Newspaper: The West Virginia journal. [volume]
Place of publication: Charleston, W. Va.
Publisher: Moore & Bro.
Date: 1865-05-31 00:00:00
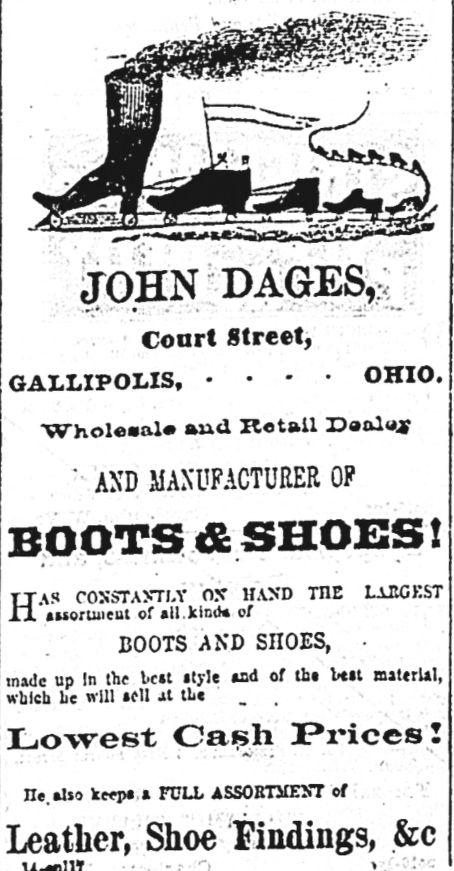
Advertisement text (OCR):
JOHN DAGES, Court Street, .... OHIO. Wholesale and Retail Da aluf ' AXD MAXl'FACTUBER OP <? SHOES! consta>"ti.y o.v hand the laugkst tuorUiieut of *11 .kind* 0/ BOOTS AND SnOES, . up In the Vcct ityle *ad of tb? l*?t maltrUI, be will ?fll at the Oatsh I?rices! He alio keep* ? FULL ASSORTMENT of Shoe Findings, &c
Label: illustrations